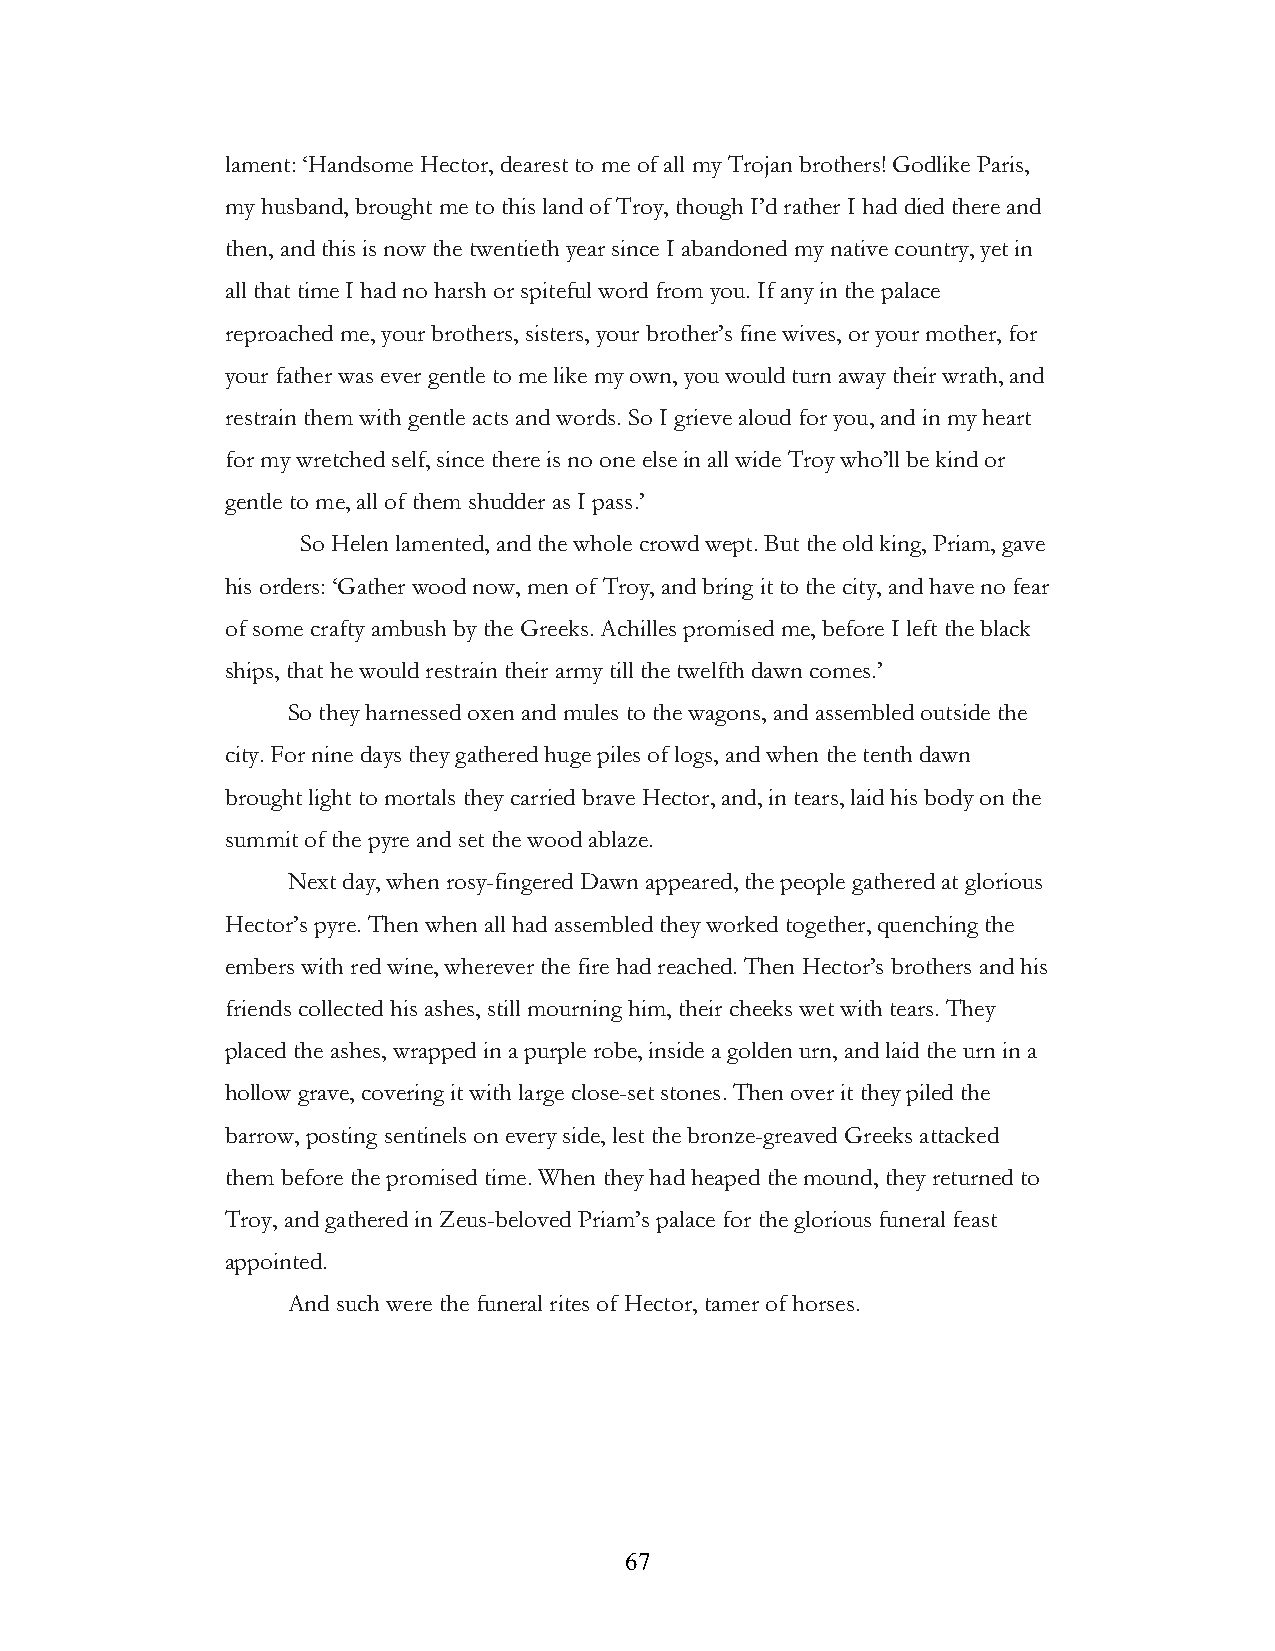
lament: ‘Handsome Hector, dearest to me of all my Trojan brothers! Godlike Paris,
 my husband, brought me to this land of Troy, though I’d rather I had died there and
 then, and this is now the twentieth year since I abandoned my native country, yet in
 all that time I had no harsh or spiteful word from you. If any in the palace
 reproached me, your brothers, sisters, your brother’s fine wives, or your mother, for
 your father was ever gentle to me like my own, you would turn away their wrath, and
 restrain them with gentle acts and words. So I grieve aloud for you, and in my heart
 for my wretched self, since there is no one else in all wide Troy who’ll be kind or
 gentle to me, all of them shudder as I pass.’
 So Helen lamented, and the whole crowd wept. But the old king, Priam, gave
 his orders: ‘Gather wood now, men of Troy, and bring it to the city, and have no fear
 of some crafty ambush by the Greeks. Achilles promised me, before I left the black
 ships, that he would restrain their army till the twelfth dawn comes.’
 So they harnessed oxen and mules to the wagons, and assembled outside the
 city. For nine days they gathered huge piles of logs, and when the tenth dawn
 brought light to mortals they carried brave Hector, and, in tears, laid his body on the
 summit of the pyre and set the wood ablaze.
 Next day, when rosy-fingered Dawn appeared, the people gathered at glorious
 Hector’s pyre. Then when all had assembled they worked together, quenching the
 embers with red wine, wherever the fire had reached. Then Hector’s brothers and his
 friends collected his ashes, still mourning him, their cheeks wet with tears. They
 placed the ashes, wrapped in a purple robe, inside a golden urn, and laid the urn in a
 hollow grave, covering it with large close-set stones. Then over it they piled the
 barrow, posting sentinels on every side, lest the bronze-greaved Greeks attacked
 them before the promised time. When they had heaped the mound, they returned to
 Troy, and gathered in Zeus-beloved Priam’s palace for the glorious funeral feast
 appointed.
 And such were the funeral rites of Hector, tamer of horses.
 !                         67